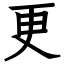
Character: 更